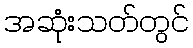
အဆုံးသတ်တွင်